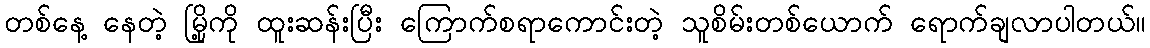
တစ်နေ့ နေတဲ့ မြို့ကို ထူးဆန်းပြီး ကြောက်စရာကောင်းတဲ့ သူစိမ်းတစ်ယောက် ရောက်ချလာပါတယ်။